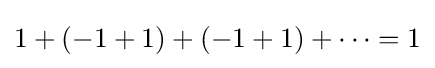
1+(-1+1)+(-1+1)+\cdots =1